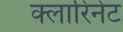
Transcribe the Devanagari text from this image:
क्लारिनेट